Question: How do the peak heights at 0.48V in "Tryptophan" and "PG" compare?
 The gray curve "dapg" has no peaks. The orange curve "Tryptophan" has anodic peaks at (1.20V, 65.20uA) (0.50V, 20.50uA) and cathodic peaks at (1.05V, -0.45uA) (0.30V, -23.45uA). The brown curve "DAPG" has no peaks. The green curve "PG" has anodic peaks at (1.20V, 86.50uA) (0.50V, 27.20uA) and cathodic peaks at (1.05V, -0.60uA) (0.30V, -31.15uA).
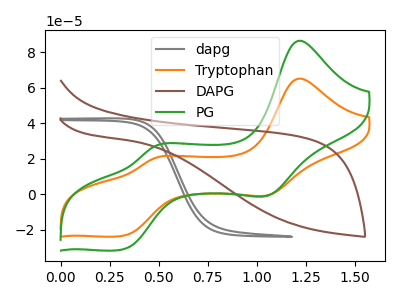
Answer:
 <answer>The peak at 0.48V is lower in "Tryptophan" than in "PG".</answer>
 <eval>lower</eval>